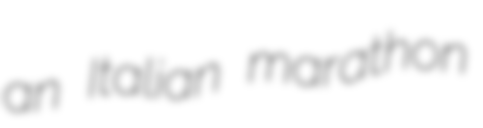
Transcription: an Italian marathon